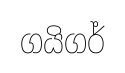
ගයිගර්